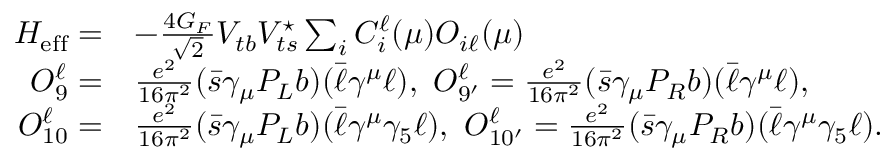
\begin{array} { r l } { { \cal H } _ { \mathrm { e f f } } = } & { - \frac { 4 G _ { F } } { \sqrt { 2 } } V _ { t b } V _ { t s } ^ { \star } \sum _ { i } C _ { i } ^ { \ell } ( \mu ) { \cal O } _ { i \ell } ( \mu ) } \\ { { \cal O } _ { 9 } ^ { \ell } = } & { \frac { e ^ { 2 } } { 1 6 \pi ^ { 2 } } ( \bar { s } \gamma _ { \mu } P _ { L } b ) ( \bar { \ell } \gamma ^ { \mu } \ell ) , ~ { \cal O } _ { 9 ^ { \prime } } ^ { \ell } = \frac { e ^ { 2 } } { 1 6 \pi ^ { 2 } } ( \bar { s } \gamma _ { \mu } P _ { R } b ) ( \bar { \ell } \gamma ^ { \mu } \ell ) , } \\ { { \cal O } _ { 1 0 } ^ { \ell } = } & { \frac { e ^ { 2 } } { 1 6 \pi ^ { 2 } } ( \bar { s } \gamma _ { \mu } P _ { L } b ) ( \bar { \ell } \gamma ^ { \mu } \gamma _ { 5 } \ell ) , ~ { \cal O } _ { 1 0 ^ { \prime } } ^ { \ell } = \frac { e ^ { 2 } } { 1 6 \pi ^ { 2 } } ( \bar { s } \gamma _ { \mu } P _ { R } b ) ( \bar { \ell } \gamma ^ { \mu } \gamma _ { 5 } \ell ) . } \end{array}